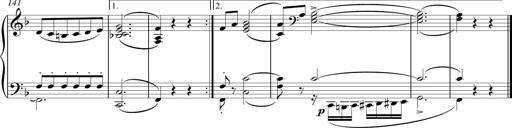
Title: Sonatina Vienesa al estilo de J.Haydn
Composer: JosÃ© RamÃ³n HernÃ¡ndez Bellido